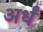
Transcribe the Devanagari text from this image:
अर्धं